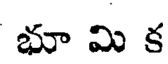
భూ మి క